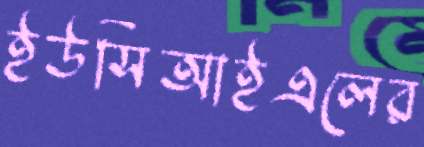
ইউসিআইএলের